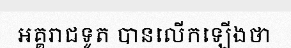
អគ្គរាជទូត បានលើកឡើងថា